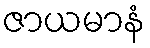
ဇာယမာနံ